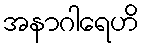
အနာဂါရေဟိ